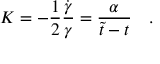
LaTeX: K = - \frac { 1 } { 2 } \frac { \dot { \gamma } } { \gamma } = \frac { \alpha } { \tilde { t } - t } ~ ~ ~ .